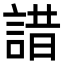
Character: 諎